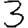
Digit: 3